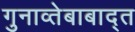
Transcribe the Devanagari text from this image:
गुनाव्तेबाबाद्त